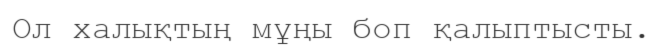
Ол халықтың мұңы боп қалыптысты.